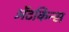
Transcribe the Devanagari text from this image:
अॅटकिन्स